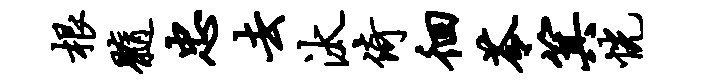
根髓忠去汰倚徊苓箕恍